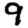
Digit: 9